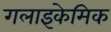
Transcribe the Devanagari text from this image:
गलाइकेमिक